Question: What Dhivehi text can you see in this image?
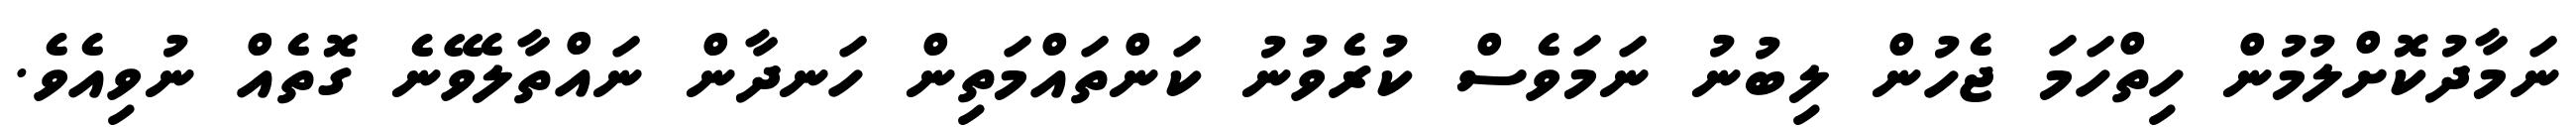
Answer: ނަމާދުކޮށްލުމުން ހިތްހަމަ ޖެހުން ލިބުނު ނަމަވެސް ކުރެވުނު ކަންތައްމަތިން ހަނދާން ނައްތާލެވޭނެ ގޮތެއް ނުވިއެވެ.